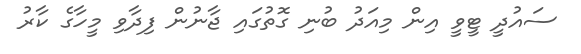
ސައުދީ ޓީވީ އިން މިއަދު ބުނި ގޮތުގައި ޖާނުން ފިދާވި މީހާގެ ކާރު